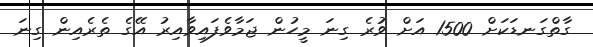
ގާތްގަނޑަކަށް 1500 އަށް ވުރެ ގިނަ މީހުން ޖަމާވެފައިވާއިރު އޭގެ ތެރެއިން ގިނަ